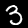
Label: 3